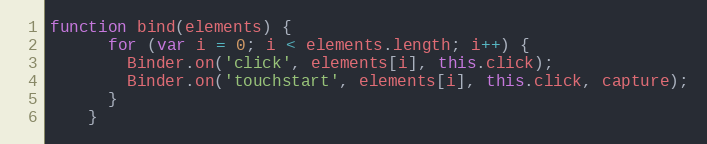
Language: JavaScript
function bind(elements) {
      for (var i = 0; i < elements.length; i++) {
        Binder.on('click', elements[i], this.click);
        Binder.on('touchstart', elements[i], this.click, capture);
      }
    }